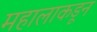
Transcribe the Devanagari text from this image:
महालाकडून